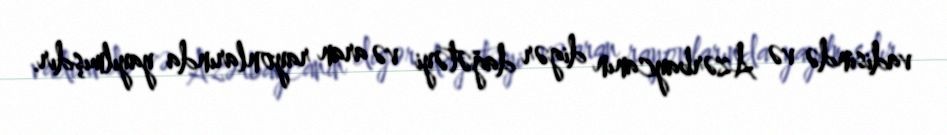
vadisində və Azərbaycanın digər dağətəyi və aran rayonlarında yayılmışdır.